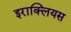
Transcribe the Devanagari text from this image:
इराक्लियस